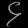
Digit: ၄